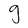
Character: g